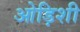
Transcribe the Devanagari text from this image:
ओड़िशी